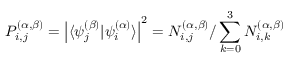
{ P _ { i , j } ^ { ( \alpha , \beta ) } = \left| \langle \psi _ { j } ^ { ( \beta ) } | \psi _ { i } ^ { ( \alpha ) } \rangle \right| ^ { 2 } = N _ { i , j } ^ { ( \alpha , \beta ) } / \sum _ { k = 0 } ^ { 3 } N _ { i , k } ^ { ( \alpha , \beta ) } }